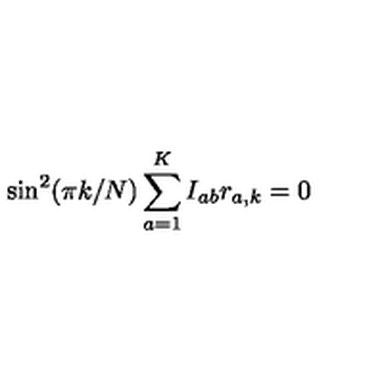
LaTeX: \sin ^ { 2 } ( \pi k / N ) \sum _ { a = 1 } ^ { K } I _ { a b } r _ { a , k } = 0